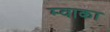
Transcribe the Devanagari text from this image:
म्वाका